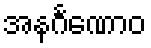
အနင်္ဂဏောဝ